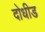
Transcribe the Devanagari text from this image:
दोधीड